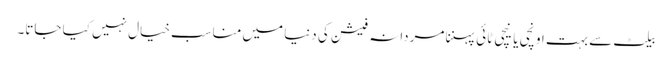
بیلٹ سے بہت اونچی یا نیچی ٹائی پہننا مردانہ فیشن کی دنیا میں مناسب خیال نہیں کیا جاتا۔